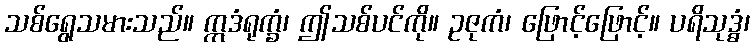
သစ်ရွေသမားသည်။ ဣဒံရုက္ခံ၊ ဤသစ်ပင်ကို။ ဥဇုကံ၊ ဖြောင့်ဖြောင့်။ ပရိသုဒ္ဓံ၊